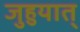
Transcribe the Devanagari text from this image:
जुहुयात्‌